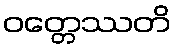
ဝတ္တေဿတိ